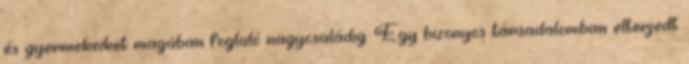
és gyermekeiket magában foglaló nagycsaládig. Egy bizonyos társadalomban elterjedt